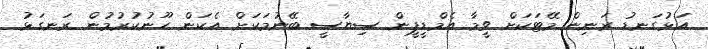
އަޅުގަނޑު ރަނިން މޭޓަކަށް ވީމާ އެމްޑީޕީން ސިޔާސީ ބޭނުމަކަށް އެކަން ހޫނުކުރުމުން ރަނގަޅު